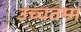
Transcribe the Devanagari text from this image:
उच्चतम्म